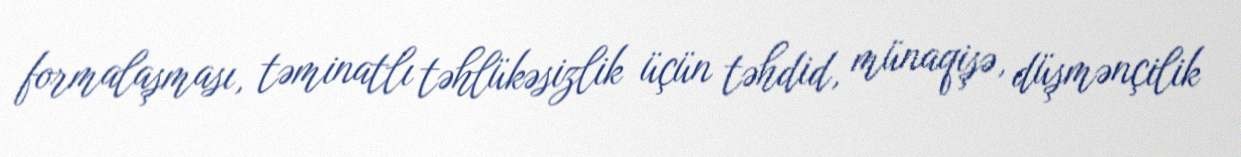
formalaşması, təminatlı təhlükəsizlik üçün təhdid, münaqişə, düşmənçilik